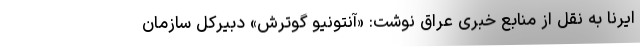
ایرنا به نقل از منابع خبری عراق نوشت: «آنتونیو گوترش» دبیرکل سازمان